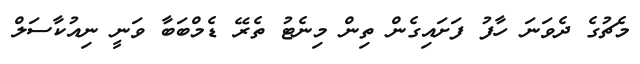
މެޗުގެ ދެވަނަ ހާފު ފަށައިގެން ތިން މިނެޓު ތެރޭ ޑެމްބަބާ ވަނީ ނިއުކާސަލް